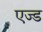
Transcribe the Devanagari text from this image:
एज्ड